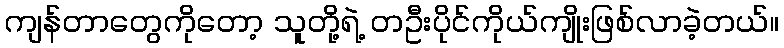
ကျန်တာတွေကိုတော့ သူတို့ရဲ့ တဦးပိုင်ကိုယ်ကျိုးဖြစ်လာခဲ့တယ်။